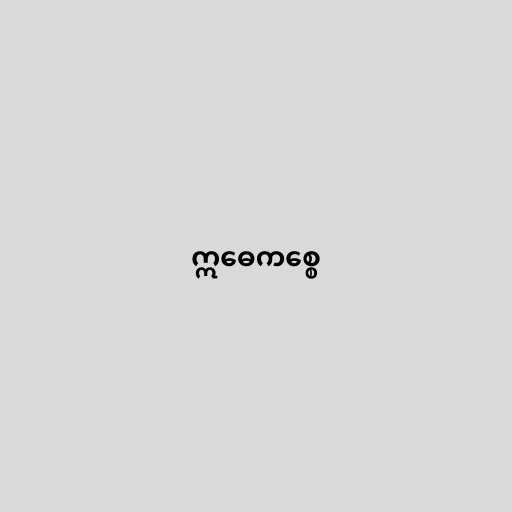
ဣဓေကစ္စေ